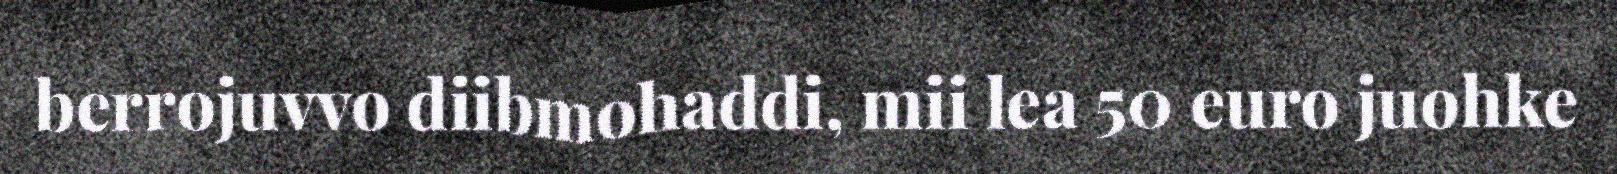
berrojuvvo diibmohaddi, mii lea 50 euro juohke